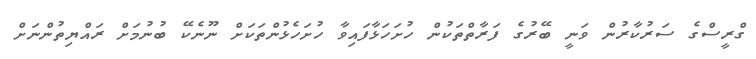
ގްރީސްގެ ސަރުކާރުން ވަނީ ބޭރުގެ ފަރާތްތަކުން ހުށަހަޅާފައިވާ ހުށަހެޅުންތަކަށް ނޫނެކޭ ބުނުމަށް ރައްޔިތުންނަށް